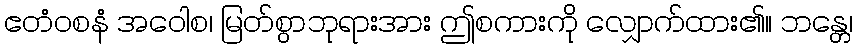
ဧတံဝစနံ အဝေါစ၊ မြတ်စွာဘုရားအား ဤစကားကို လျှောက်ထား၏။ ဘန္တေ၊